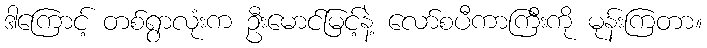
ဒါကြောင့် တစ်ရွာလုံးက ဦးမောင်မြင့်နဲ့ လော်စပီကာကြီးကို မုန်းကြတာ။